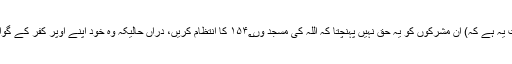
حقیقت یہ ہے کہ) اِن مشرکوں کو یہ حق نہیں پہنچتا کہ اللہ کی مسجد وں۱۵۴؂ کا انتظام کریں، دراں حالیکہ وہ خود اپنے اوپر کفر کے گواہ ہیں۔